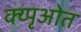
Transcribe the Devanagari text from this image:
क्य्पृओत